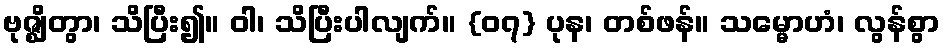
ဗုဇ္ဈိတွာ၊ သိပြီး၍။ ဝါ၊ သိပြီးပါလျက်။ {၀၇} ပုန၊ တစ်ဖန်။ သမ္မောဟံ၊ လွန်စွာ